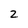
Character: 2